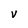
Character: V